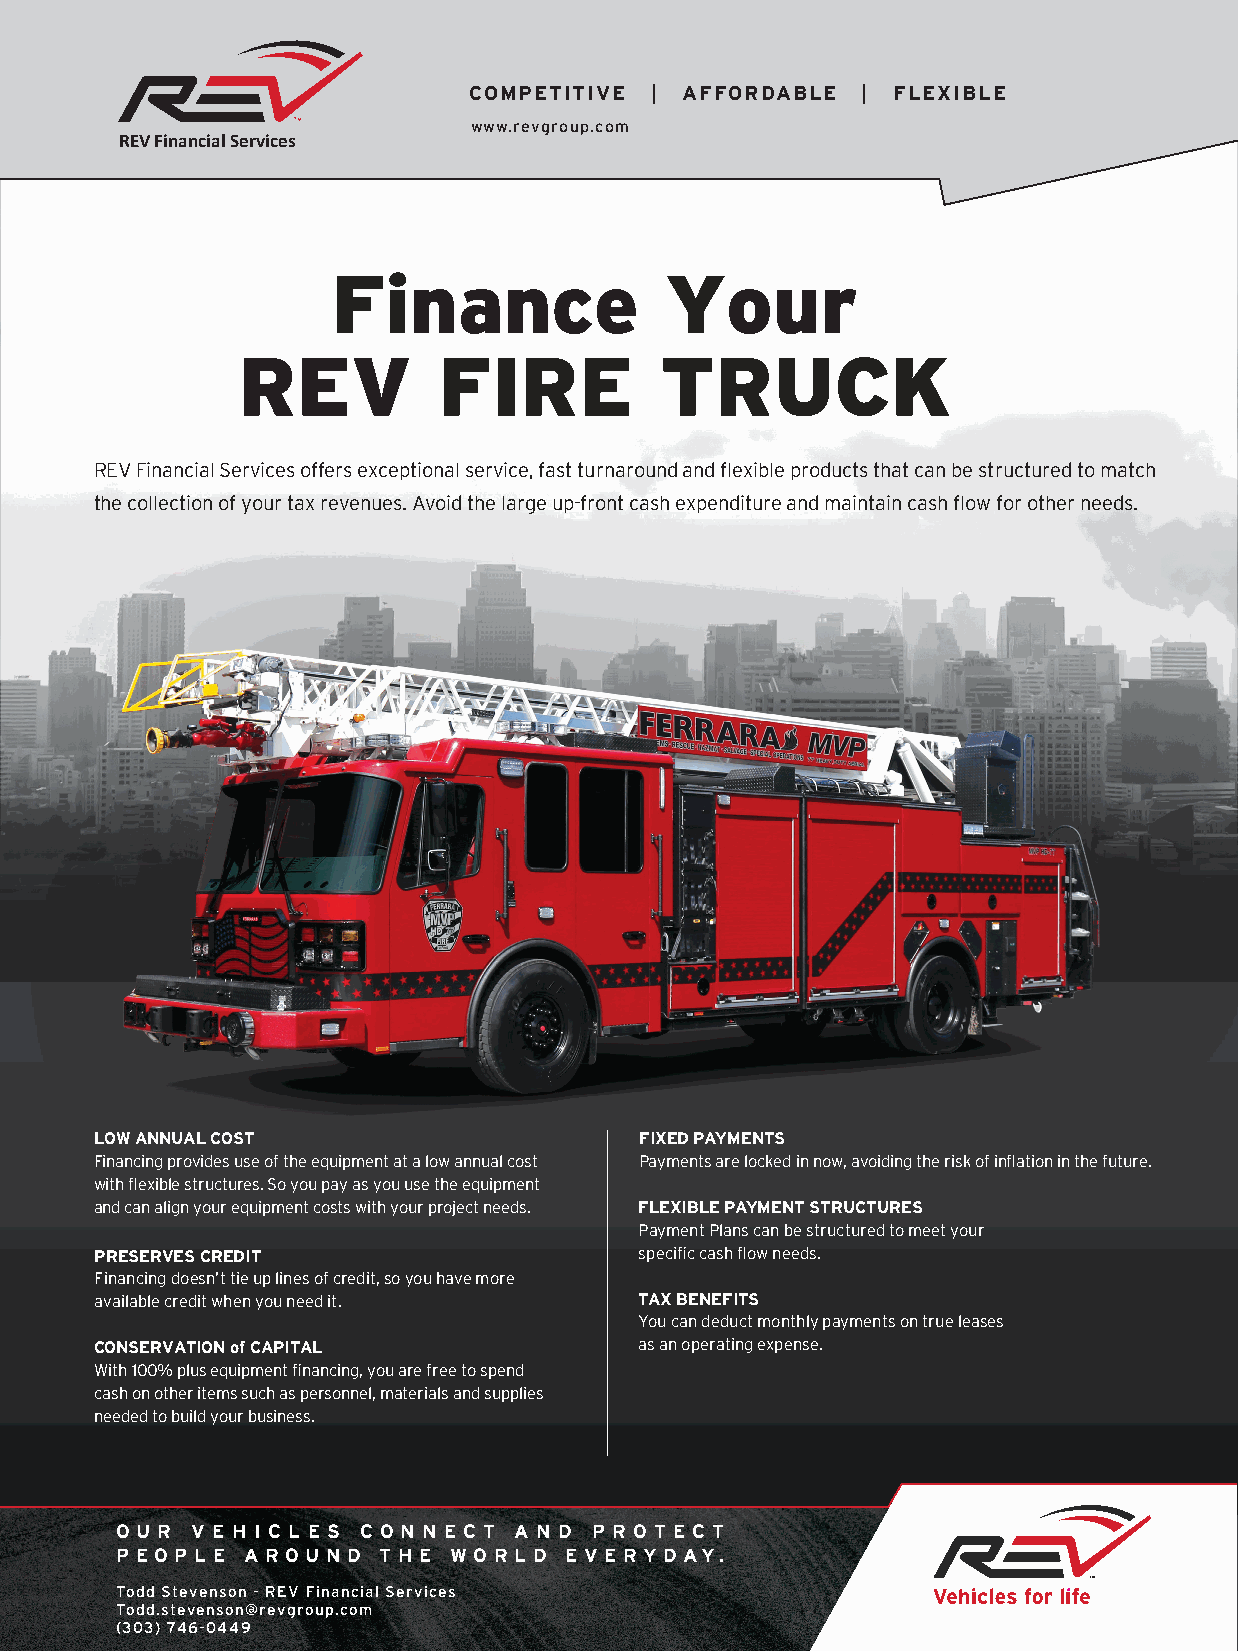
COMPETITIVE | AFFORDABLE  | FLEXIBLE
 www.revgroup.com
 REV Financial Services
 Finance               Your
 REV          FIRE           TRUCK
 REV Financial Services offers exceptional service, fast turnaround and flexible products that can be structured to match
 the collection of your tax revenues. Avoid the large up­front cash expenditure and maintain cash flow for other needs.
 LOW ANNUAL COST                     FIXED PAYMENTS
 Financing provides use of the equipment at a low annual cost Payments are locked in now, avoiding the risk of inflation in the future.
 with flexible structures. So you pay as you use the equipment
 and can align your equipment costs with your project needs. FLEXIBLE PAYMENT STRUCTURES
 Payment Plans can be structured to meet your
 PRESERVES CREDIT                    specific cash flow needs.
 Financing doesn’t tie up lines of credit, so you have more
 available credit when you need it.  TAX BENEFITS
 You can deduct monthly payments on true leases
 CONSERVATION of CAPITAL             as an operating expense.
 With 100% plus equipment financing, you are free to spend
 cash on other items such as personnel, materials and supplies
 needed to build your business.
 O U R V E H I C L E S C O N N E C T A N D P R O T E C T
 P EO P L E A R O U N D T H E WO R L D E V E RY DAY.
 Todd Stevenson ­ REV Financial Services
 Todd.stevenson@revgroup.com
 (303) 746­0449